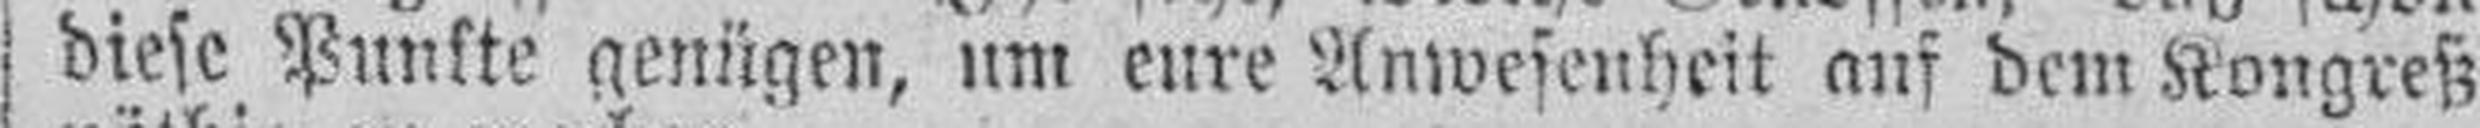
diese Punkte genügen, um eure Anwesenheit auf dem Kongreß